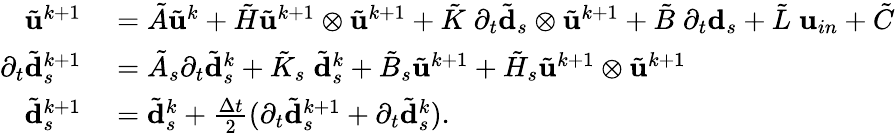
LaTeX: \begin{array}{rl}{\tilde{\mathbf{u}}^{k+1}}&{{}=\tilde{A}\tilde{\mathbf{u}}^{k}+\tilde{H}\tilde{\mathbf{u}}^{k+1}\otimes\tilde{\mathbf{u}}^{k+1}+\tilde{K}\; \partial_{t}\tilde{\mathbf{d}}_{s}\otimes\tilde{\mathbf{u}}^{k+1}+\tilde{B}\; \partial_{t}\mathbf{d}_{s}+\tilde{L}\; \mathbf{u}_{in}+\tilde{C}}\\ {\partial_{t}\tilde{\mathbf{d}}_{s}^{k+1}}&{{}=\tilde{A}_{s}\partial_{t}\tilde{\mathbf{d}}_{s}^{k}+\tilde{K}_{s}\; \tilde{\mathbf{d}}_{s}^{k}+\tilde{B}_{s}\tilde{\mathbf{u}}^{k+1}+\tilde{H}_{s}\tilde{\mathbf{u}}^{k+1}\otimes\tilde{\mathbf{u}}^{k+1}}\\ {\tilde{\mathbf{d}}_{s}^{k+1}}&{{}=\tilde{\mathbf{d}}_{s}^{k}+\frac{\Delta t}{2}(\partial_{t}\tilde{\mathbf{d}}_{s}^{k+1}+\partial_{t}\tilde{\mathbf{d}}_{s}^{k}).}\end{array}